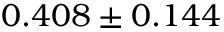
0 . 4 0 8 \pm 0 . 1 4 4